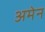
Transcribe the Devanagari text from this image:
अमेन